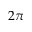
2 \pi